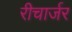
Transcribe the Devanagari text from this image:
रीचार्जर